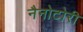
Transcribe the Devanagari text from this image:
नैनोटोरी